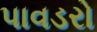
પાવડરો